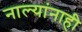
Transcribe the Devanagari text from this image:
नाल्यांनाही